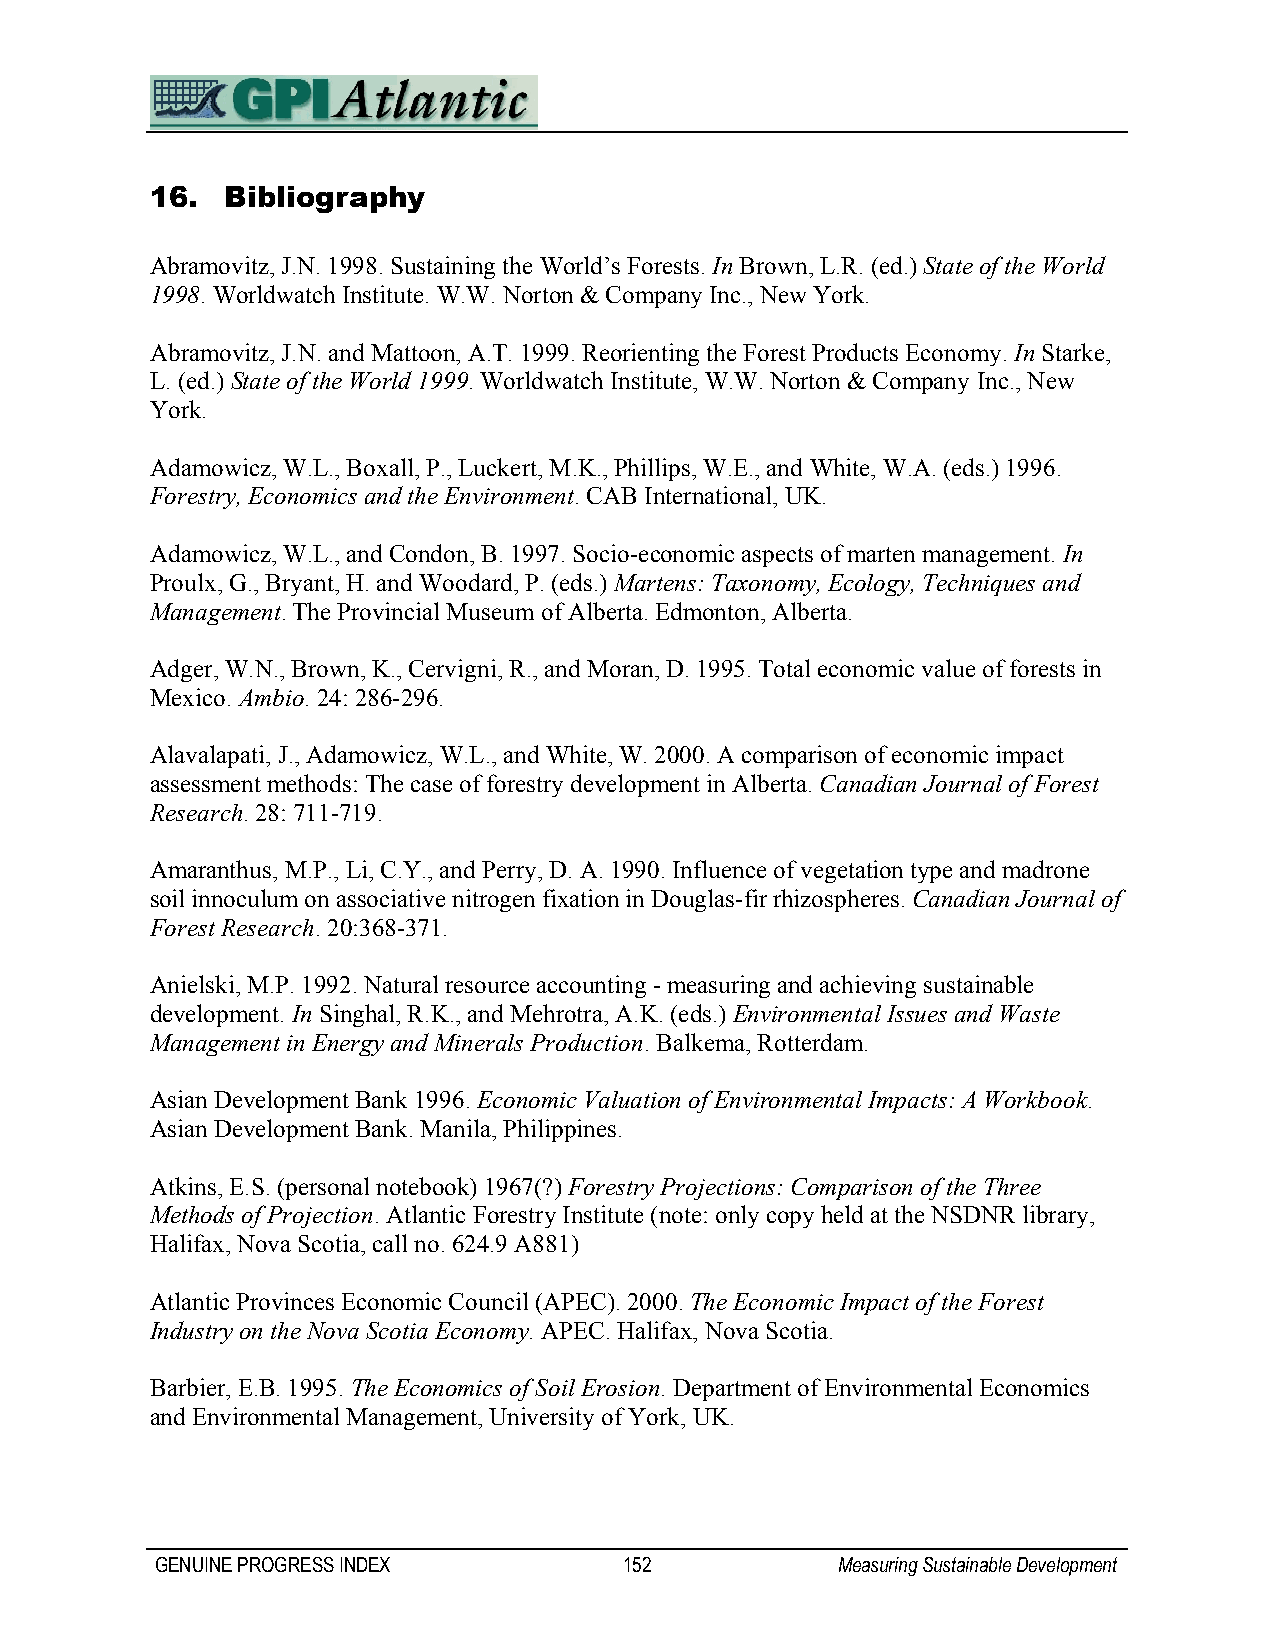
16.  Bibliography
 Abramovitz, J.N. 1998. Sustaining the World’s Forests. In Brown, L.R. (ed.) State of the World
 1998. Worldwatch Institute. W.W. Norton & Company Inc., New York.
 Abramovitz, J.N. and Mattoon, A.T. 1999. Reorienting the Forest Products Economy. In Starke,
 L. (ed.) State of the World 1999. Worldwatch Institute, W.W. Norton & Company Inc., New
 York.
 Adamowicz, W.L., Boxall, P., Luckert, M.K., Phillips, W.E., and White, W.A. (eds.) 1996.
 Forestry, Economics and the Environment. CAB International, UK.
 Adamowicz, W.L., and Condon, B. 1997. Socio-economic aspects of marten management. In
 Proulx, G., Bryant, H. and Woodard, P. (eds.) Martens: Taxonomy, Ecology, Techniques and
 Management. The Provincial Museum of Alberta. Edmonton, Alberta.
 Adger, W.N., Brown, K., Cervigni, R., and Moran, D. 1995. Total economic value of forests in
 Mexico. Ambio. 24: 286-296.
 Alavalapati, J., Adamowicz, W.L., and White, W. 2000. A comparison of economic impact
 assessment methods: The case of forestry development in Alberta. Canadian Journal of Forest
 Research. 28: 711-719.
 Amaranthus, M.P., Li, C.Y., and Perry, D. A. 1990. Influence of vegetation type and madrone
 soil innoculum on associative nitrogen fixation in Douglas-fir rhizospheres. Canadian Journal of
 Forest Research. 20:368-371.
 Anielski, M.P. 1992. Natural resource accounting - measuring and achieving sustainable
 development. In Singhal, R.K., and Mehrotra, A.K. (eds.) Environmental Issues and Waste
 Management in Energy and Minerals Production. Balkema, Rotterdam.
 Asian Development Bank 1996. Economic Valuation of Environmental Impacts: A Workbook.
 Asian Development Bank. Manila, Philippines.
 Atkins, E.S. (personal notebook) 1967(?) Forestry Projections: Comparison of the Three
 Methods of Projection. Atlantic Forestry Institute (note: only copy held at the NSDNR library,
 Halifax, Nova Scotia, call no. 624.9 A881)
 Atlantic Provinces Economic Council (APEC). 2000. The Economic Impact of the Forest
 Industry on the Nova Scotia Economy. APEC. Halifax, Nova Scotia.
 Barbier, E.B. 1995. The Economics of Soil Erosion. Department of Environmental Economics
 and Environmental Management, University of York, UK.
 GENUINE PROGRESS INDEX         152           Measuring Sustainable Development